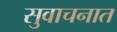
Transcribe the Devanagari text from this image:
सुवाचनात